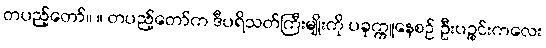
တပည့်တော်။ ။ တပည့်တော်က ဒီပရိသတ်ကြီးမျိုးကို ပခုက္ကူနေစဉ် ဦးပဉ္စင်းကလေး